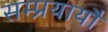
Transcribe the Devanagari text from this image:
सम्प्रयायौं